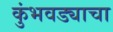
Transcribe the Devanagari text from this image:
कुंभवड्याचा